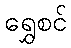
ရွှေစင်